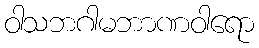
ဝါသဘဂါမဘာဏဝါရော